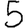
Digit: 5